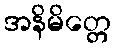
အနိမိတ္တေ